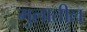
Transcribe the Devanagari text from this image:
मुलातील